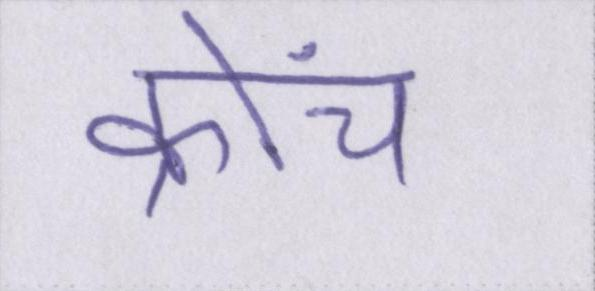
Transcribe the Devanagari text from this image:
क्रोंच